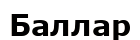
Баллар